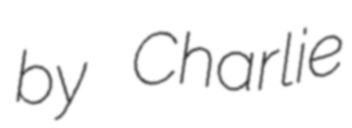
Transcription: by Charlie